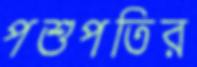
পশুপতির